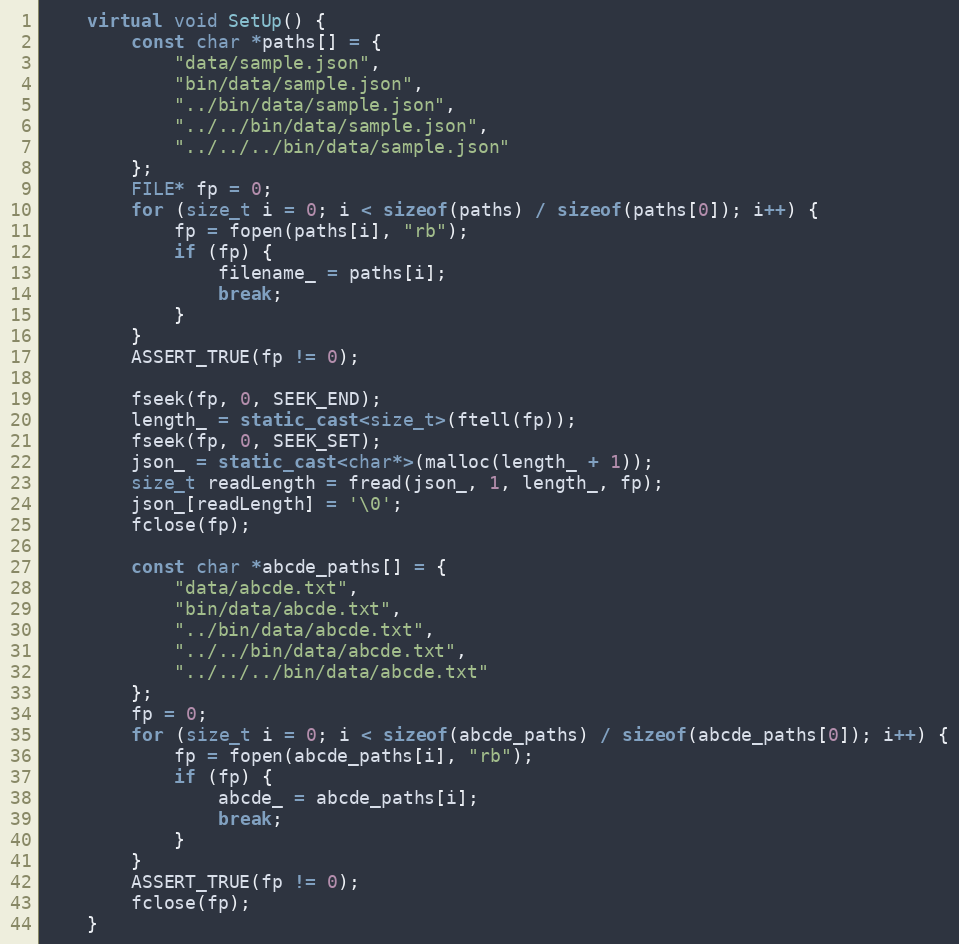
Language: C++
    virtual void SetUp() {
        const char *paths[] = {
            "data/sample.json",
            "bin/data/sample.json",
            "../bin/data/sample.json",
            "../../bin/data/sample.json",
            "../../../bin/data/sample.json"
        };
        FILE* fp = 0;
        for (size_t i = 0; i < sizeof(paths) / sizeof(paths[0]); i++) {
            fp = fopen(paths[i], "rb");
            if (fp) {
                filename_ = paths[i];
                break;
            }
        }
        ASSERT_TRUE(fp != 0);

        fseek(fp, 0, SEEK_END);
        length_ = static_cast<size_t>(ftell(fp));
        fseek(fp, 0, SEEK_SET);
        json_ = static_cast<char*>(malloc(length_ + 1));
        size_t readLength = fread(json_, 1, length_, fp);
        json_[readLength] = '\0';
        fclose(fp);

        const char *abcde_paths[] = {
            "data/abcde.txt",
            "bin/data/abcde.txt",
            "../bin/data/abcde.txt",
            "../../bin/data/abcde.txt",
            "../../../bin/data/abcde.txt"
        };
        fp = 0;
        for (size_t i = 0; i < sizeof(abcde_paths) / sizeof(abcde_paths[0]); i++) {
            fp = fopen(abcde_paths[i], "rb");
            if (fp) {
                abcde_ = abcde_paths[i];
                break;
            }
        }
        ASSERT_TRUE(fp != 0);
        fclose(fp);
    }